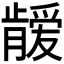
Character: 𱭈